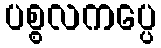
ပစ္စလကပ္ပေ